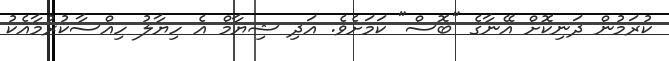
ކުރަމުން ދަނިކޮށް އޭނާގެ "ބޮސް" ކަމަށެވެ. އަދި ޝިޔާމް އެ ހިޔާލު ހިއްސާކުރުމާއެކު